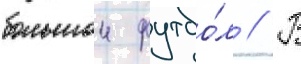
большои футбо́л // В